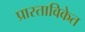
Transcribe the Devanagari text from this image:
प्रास्ताविकेत